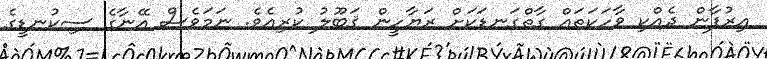
އިރުފާން ދެއްކި ވާހަކަތައް ގާތްގަނޑަކަށް ރަޔާހީން ޤަބޫލު ކުރިއެވެ. ނަމަވެސް އޭނާގެ ސިކުނޑީގެ